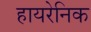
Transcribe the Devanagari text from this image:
हायरेनिक